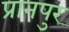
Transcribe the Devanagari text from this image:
प्रानपुर